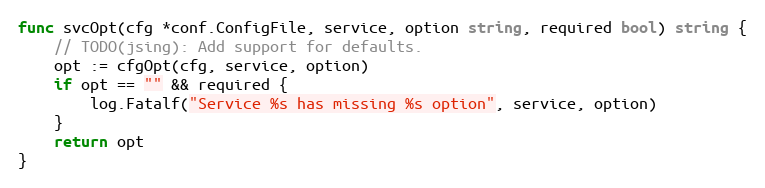
Language: Go
func svcOpt(cfg *conf.ConfigFile, service, option string, required bool) string {
	// TODO(jsing): Add support for defaults.
	opt := cfgOpt(cfg, service, option)
	if opt == "" && required {
		log.Fatalf("Service %s has missing %s option", service, option)
	}
	return opt
}